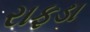
રાફડા